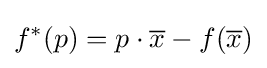
f^{*}(p)=p\cdot {\overline {x}}-f({\overline {x}})